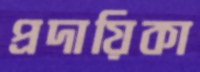
প্রদায়িকা